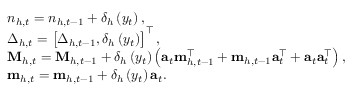
\begin{array} { r l } & { n _ { h , t } = n _ { h , t - 1 } + \delta _ { h } \left( y _ { t } \right) , } \\ & { \boldsymbol { \Delta } _ { h , t } = \left[ \boldsymbol { \Delta } _ { h , t - 1 } , \delta _ { h } \left( y _ { t } \right) \right] ^ { \top } , } \\ & { \mathbf { M } _ { h , t } = \mathbf { M } _ { h , t - 1 } + \delta _ { h } \left( y _ { t } \right) \left( \mathbf { a } _ { t } \mathbf { m } _ { h , t - 1 } ^ { \top } + \mathbf { m } _ { h , t - 1 } \mathbf { a } _ { t } ^ { \top } + \mathbf { a } _ { t } \mathbf { a } _ { t } ^ { \top } \right) , } \\ & { \mathbf { m } _ { h , t } = \mathbf { m } _ { h , t - 1 } + \delta _ { h } \left( y _ { t } \right) \mathbf { a } _ { t } . } \end{array}